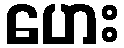
ဟေး